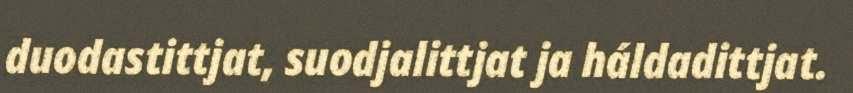
duodastittjat, suodjalittjat ja háldadittjat.